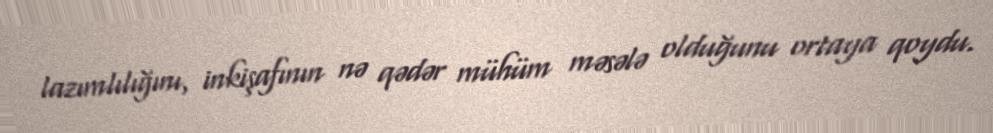
lazımlılığını, inkişafının nə qədər mühüm məsələ olduğunu ortaya qoydu.